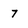
Character: 7